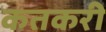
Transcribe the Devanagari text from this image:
कतकरी